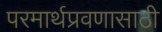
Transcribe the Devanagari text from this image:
परमार्थप्रवणासाठी